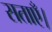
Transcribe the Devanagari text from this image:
सताएँ।